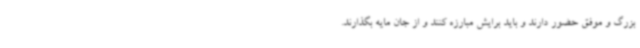
بزرگ و موفق حضور دارند و باید برایش مبارزه کنند و از جان مایه بگذارند.